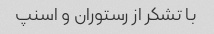
با تشکر از رستوران و اسنپ